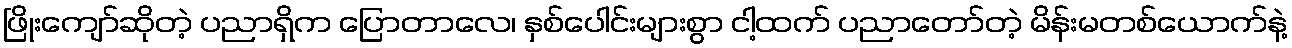
ဖြိုးကျော်ဆိုတဲ့ ပညာရှိက ပြောတာလေ၊ နှစ်ပေါင်းများစွာ ငါ့ထက် ပညာတော်တဲ့ မိန်းမတစ်ယောက်နဲ့